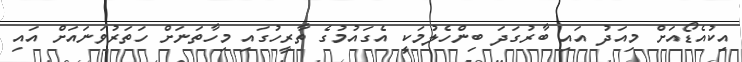
އިކުއެޑޯއަށް މިއަދު އައި ބާރުގަދަ ބިންހެލުމަކީ އެގައުމުގެ ތާރީހުގައި މިހާތަނަށް ހަތަރުވަނައަށް އައި